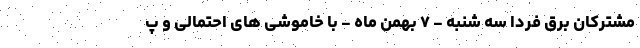
مشترکان برق فردا سه شنبه - ۷ بهمن ماه - با خاموشی های احتمالی و پ